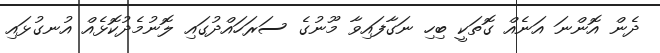
ދެން އޮންނަ އަނެއް ގޮތަކީ ބިހި ނަގާފައިވާ މޫނުގެ ސަރަހައްދުގައި ލޮނުމެދުކޮޅެއް އުނގުޅައި